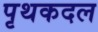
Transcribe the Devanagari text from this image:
पृथकदल